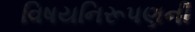
વિષયનિરૂપણની